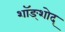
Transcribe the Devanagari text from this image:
शॉङ्शोद्